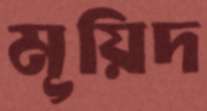
মূয়িদ